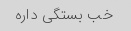
خب بستگی داره